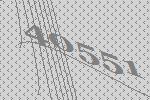
40551